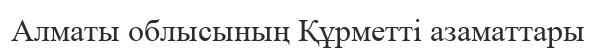
Алматы облысының Құрметті азаматтары